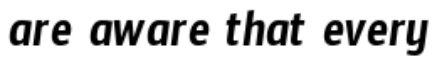
are aware that every